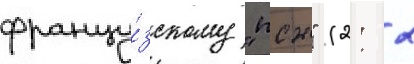
францу́зскому "псж" (2: 2